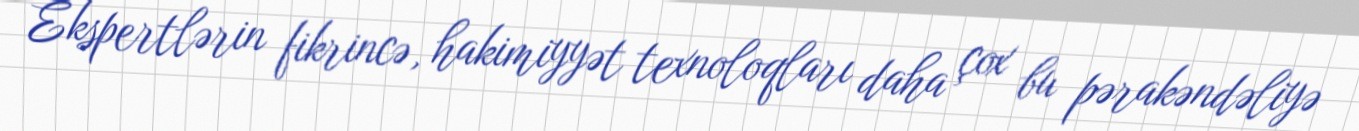
Ekspertlərin fikrincə, hakimiyyət texnoloqları daha çox bu pərakəndəliyə